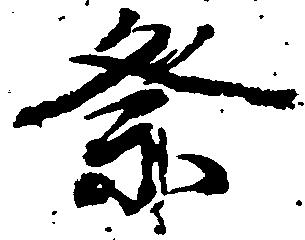
祭